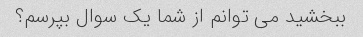
ببخشید می توانم از شما یک سوال بپرسم؟